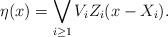
LaTeX: \begin{align*}\eta(x)=\bigvee_{i\geq 1}V_iZ_i(x-X_i).\end{align*}